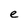
Character: e